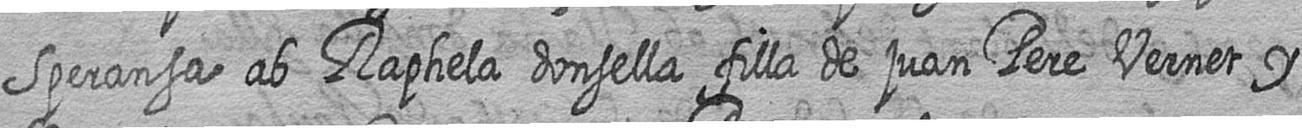
Speransa ab Raphela donsella filla de juan Pere Vernet y